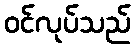
ဝင်လုပ်သည်